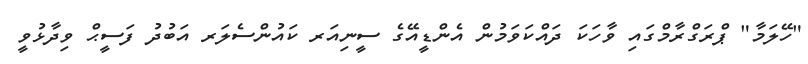
"ހޭލަމާ" ޕްރަގްރާމްގައި ވާހަކަ ދައްކަވަމުން އެންޑީއޭގެ ސީނިއަރ ކައުންސެލަރ އަބުދު ފަސީޙް ވިދާޅުވީ